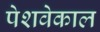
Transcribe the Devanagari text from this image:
पेशवेकाल